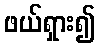
ဖယ်ရှား၍